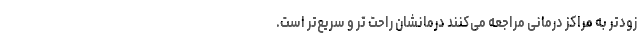
زودتر به مراکز درمانی مراجعه می‌کنند درمانشان راحت تر و سریع‌تر است.